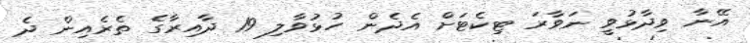
އޭނާ ވިދާޅުވީ ނަވާރަ ޓިކެޓަށް އެދެން ހުޅުވާލި 19 ދާއިރާގެ ތެރެއިން ދެ